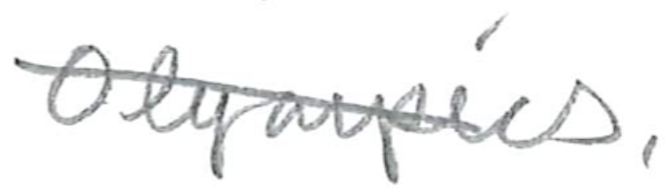
Text: Olympics,
Cross-out: diagonal
Writing tool: pencil